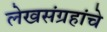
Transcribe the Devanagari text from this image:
लेखसंग्रहांचे